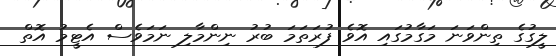
ލީގުގެ ތިންވަނަ މަގާމުގައި އޮވެ ފުރަތަމަ ބުރު ނިންމާލި ނަމަވެސް އެޓީމު އޮތް